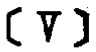
\[\left[ \nabla \right]\]